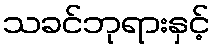
သခင်ဘုရားနှင့်